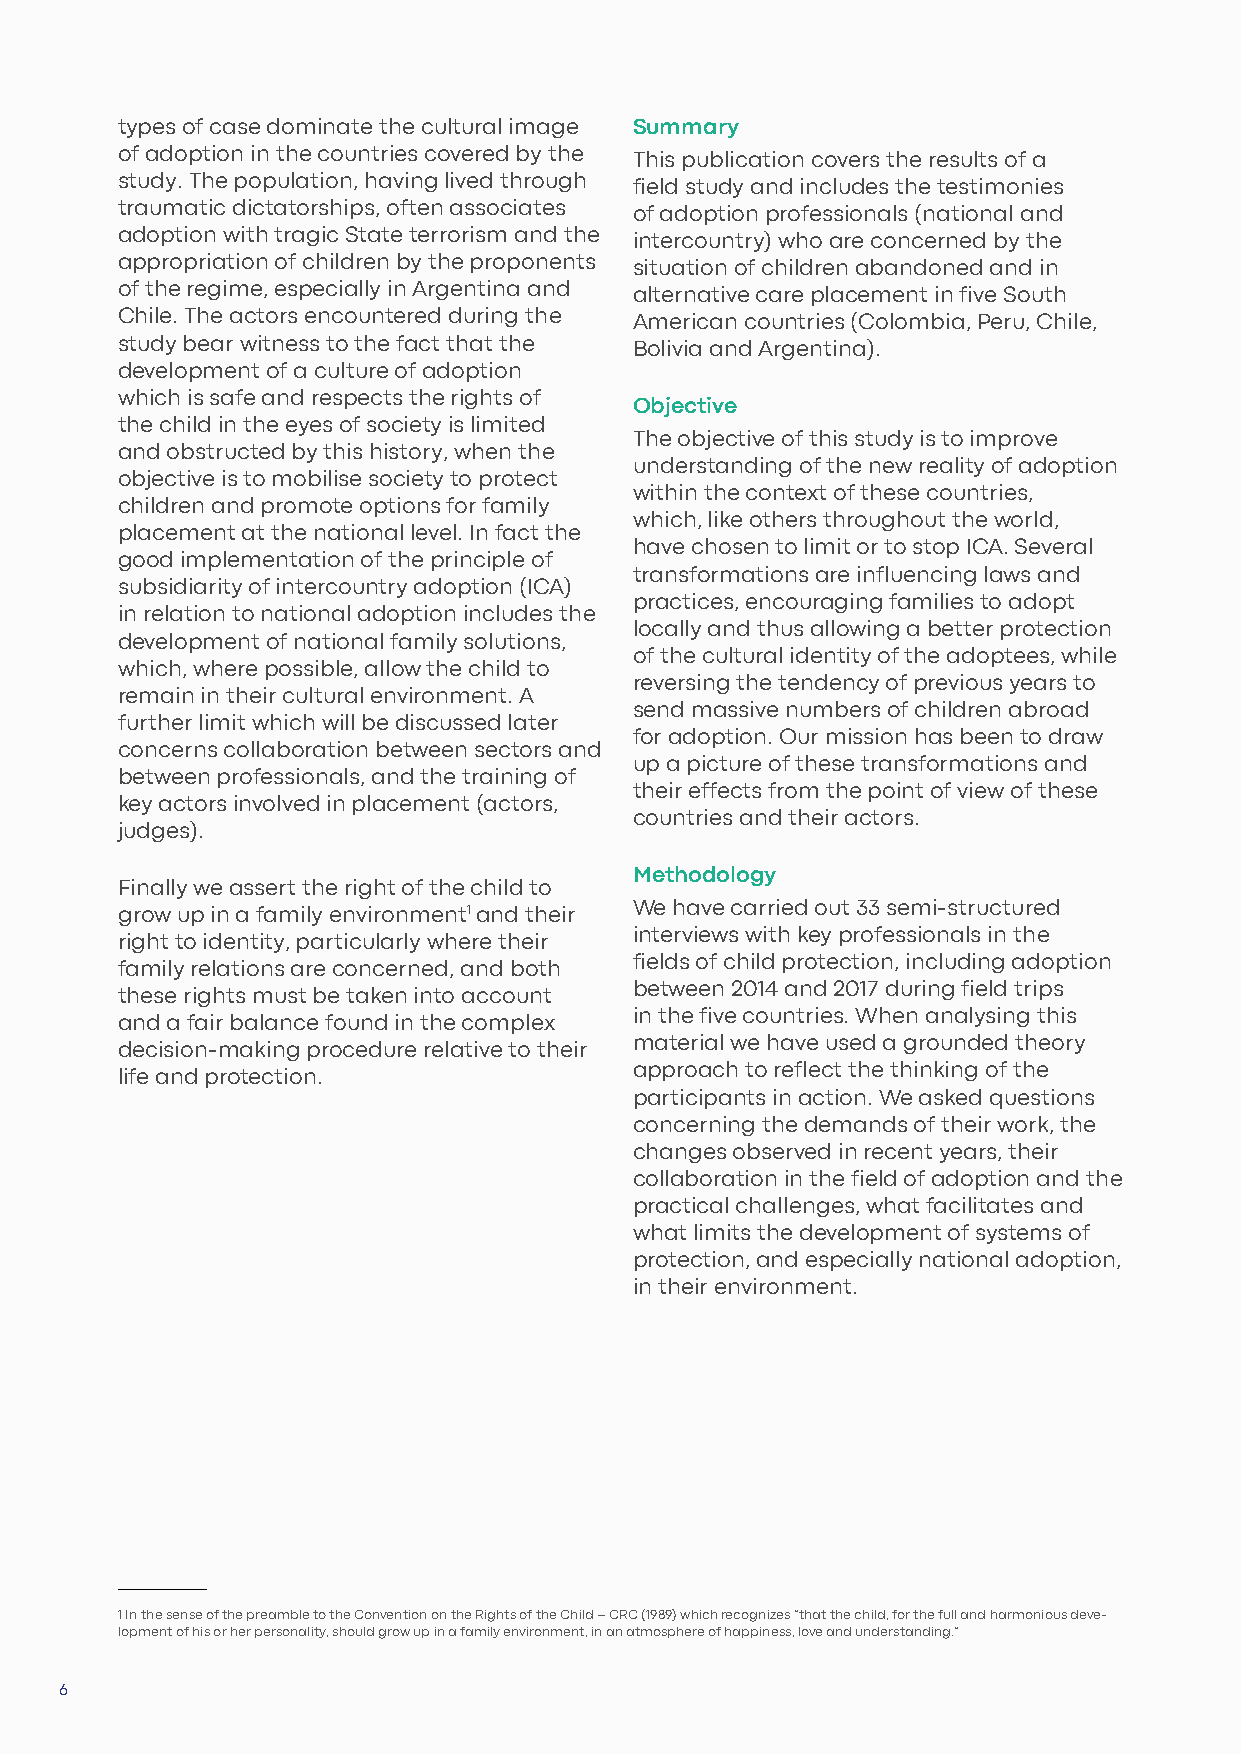
types of case dominate the cultural image Summary
 of adoption in the countries covered by the This publication covers the results of a
 study. The population, having lived through field study and includes the testimonies
 traumatic dictatorships, often associates of adoption professionals (national and
 adoption with tragic State terrorism and the intercountry) who are concerned by the
 appropriation of children by the proponents situation of children abandoned and in
 of the regime, especially in Argentina and alternative care placement in five South
 Chile. The actors encountered during the American countries (Colombia, Peru, Chile,
 study bear witness to the fact that the Bolivia and Argentina).
 development of a culture of adoption
 which is safe and respects the rights of
 Objective
 the child in the eyes of society is limited
 The objective of this study is to improve
 and obstructed by this history, when the
 understanding of the new reality of adoption
 objective is to mobilise society to protect
 within the context of these countries,
 children and promote options for family
 which, like others throughout the world,
 placement at the national level. In fact the
 have chosen to limit or to stop ICA. Several
 good implementation of the principle of
 transformations are influencing laws and
 subsidiarity of intercountry adoption (ICA)
 practices, encouraging families to adopt
 in relation to national adoption includes the
 locally and thus allowing a better protection
 development of national family solutions,
 of the cultural identity of the adoptees, while
 which, where possible, allow the child to
 reversing the tendency of previous years to
 remain in their cultural environment. A
 send massive numbers of children abroad
 further limit which will be discussed later
 for adoption. Our mission has been to draw
 concerns collaboration between sectors and
 up a picture of these transformations and
 between professionals, and the training of
 their effects from the point of view of these
 key actors involved in placement (actors,
 countries and their actors.
 judges).
 Methodology
 Finally we assert the right of the child to
 grow up in a family environment1 and their We have carried out 33 semi-structured
 interviews with key professionals in the
 right to identity, particularly where their
 fields of child protection, including adoption
 family relations are concerned, and both
 between 2014 and 2017 during field trips
 these rights must be taken into account
 in the five countries. When analysing this
 and a fair balance found in the complex
 material we have used a grounded theory
 decision-making procedure relative to their
 approach to reflect the thinking of the
 life and protection.
 participants in action. We asked questions
 concerning the demands of their work, the
 changes observed in recent years, their
 collaboration in the field of adoption and the
 practical challenges, what facilitates and
 what limits the development of systems of
 protection, and especially national adoption,
 in their environment.
 1 In the sense of the preamble to the Convention on the Rights of the Child – CRC (1989) which recognizes “that the child, for the full and harmonious deve-
 lopment of his or her personality, should grow up in a family environment, in an atmosphere of happiness, love and understanding.”
 6